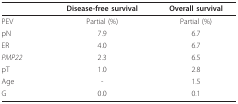
<table><thead><tr><td></td><td><b>Disease-free survival</b></td><td><b>Overall survival</b></td></tr></thead><tbody><tr><td>PEV</td><td>Partial (%)</td><td>Partial (%)</td></tr><tr><td>pN</td><td>7.9</td><td>6.7</td></tr><tr><td>ER</td><td>4.0</td><td>6.7</td></tr><tr><td><i>PMP22</i></td><td>2.3</td><td>6.5</td></tr><tr><td>pT</td><td>1.0</td><td>2.8</td></tr><tr><td>Age</td><td>-</td><td>1.5</td></tr><tr><td>G</td><td>0.0</td><td>0.1</td></tr></tbody></table>